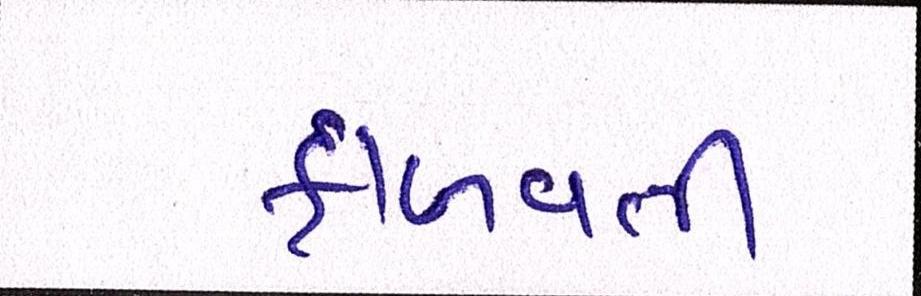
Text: ફાળવતી